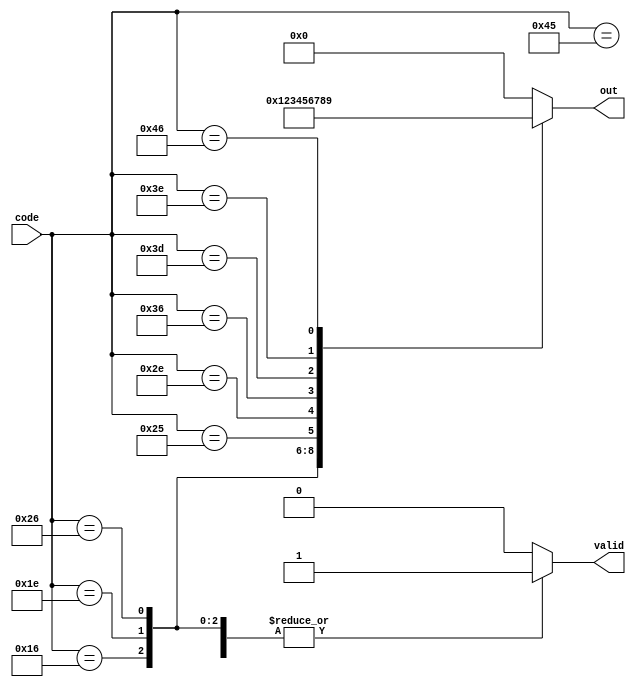
module bugs_case (
  input [7:0] code,
  output reg [3:0] out,
  output reg valid

);
//  uhh.. make a case statement: maps scancode to 0-9, but accidentally infer a latch?
//  and have one of the entries be wrong? (duplicate case, using different base!)
  always @(*) begin
    out = 0;
    valid = 1;
    case (code)
      8'h45: out = 0;
      8'h16: out = 1;
      8'h1e: out = 2;
      8'h26: out = 3;
      8'h25: out = 4;
      8'h2e: out = 5;
      8'h36: out = 6;
      8'h3d: out = 7;
      8'h3e: out = 8;
      8'h46: out = 9;
      default: valid = 0;
    endcase
  end

endmodule